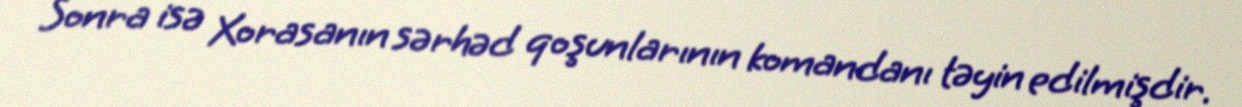
Sonra isə Xorasanın sərhəd qoşunlarının komandanı təyin edilmişdir.